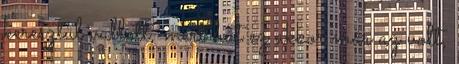
keresztül vallott, mert hát ez akkor már az volt,